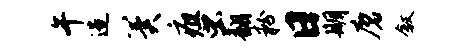
午造冀疽虫翻粉日期磨叙